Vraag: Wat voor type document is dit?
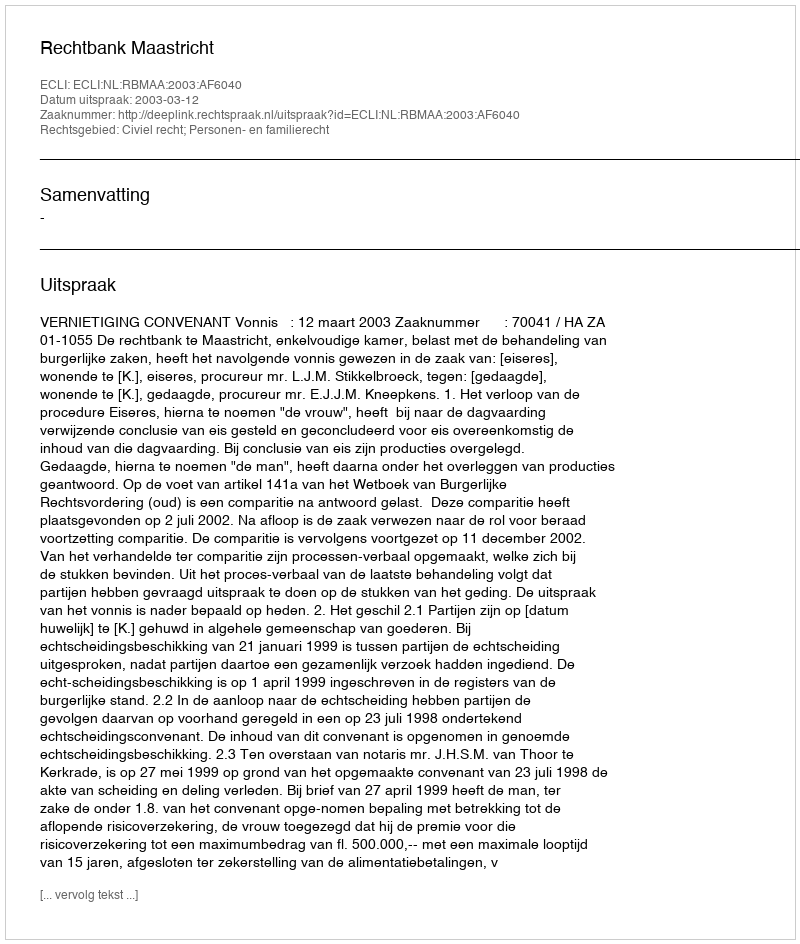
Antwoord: Uitspraak